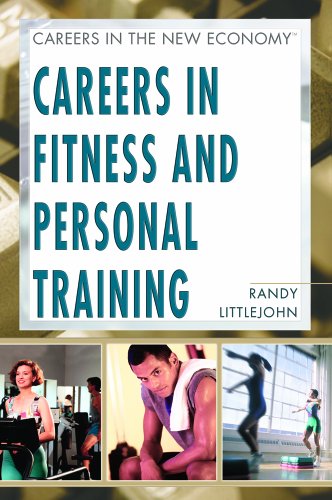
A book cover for Careers in Fitness and Personal Training (Careers in the New Economy); Randy Littlejohn; Teen & Young Adult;